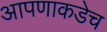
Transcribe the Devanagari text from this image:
आपणाकडेच